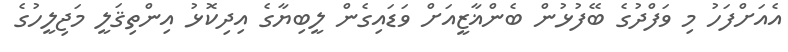
އެއަށްފަހު މި ވަފްދުގެ ބޭފުޅުން ބެންޣާޒީއަށް ވަޑައިގެން ލީބިޔާގެ އިދިކޮޅު އިންތިޤަލީ މަޖިލީހުގެ